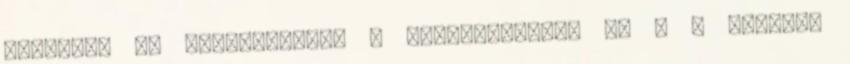
felvenni és hasznosítani a tápanyagokat. Ez a a kérdés,